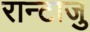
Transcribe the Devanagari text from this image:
रान्टाजु